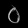
Digit: ၀